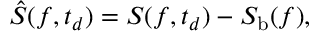
\hat { S } ( f , t _ { d } ) = S ( f , t _ { d } ) - S _ { \mathrm { b } } ( f ) ,